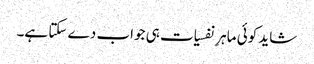
شاید کوئی ماہرِ نفسیات ہی جواب دے سکتا ہے۔